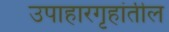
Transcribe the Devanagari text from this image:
उपाहारगृहांतील